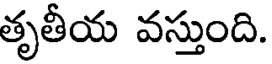
తృతీయ వస్తుంది.